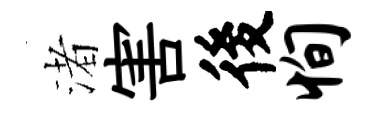
渚害後恂